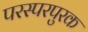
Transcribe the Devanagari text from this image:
परस्परपुरक